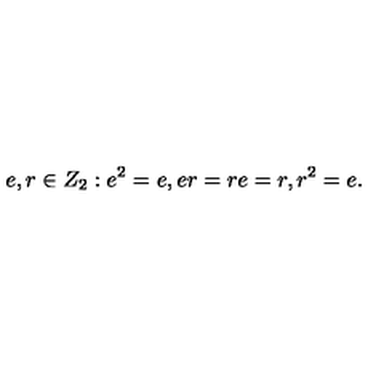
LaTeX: e , r \in Z _ { 2 } : e ^ { 2 } = e , e r = r e = r , r ^ { 2 } = e .